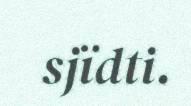
sjïdti.